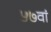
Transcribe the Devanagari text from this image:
५७वां